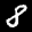
Label: 8